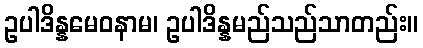
ဥပါဒိန္နမေဝနာမ၊ ဥပါဒိန္နမည်သည်သာတည်း။